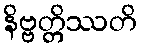
နိဗ္ဗတ္တိဿတိ